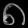
Digit: ၈